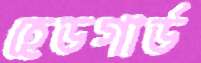
হেডগার্ড